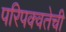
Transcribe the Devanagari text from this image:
परिपक्वतेची